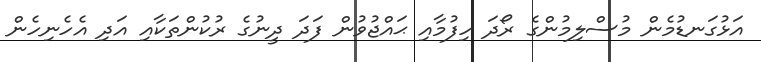
އަޅުގަނޑުމެން މުސްލިމުންގެ ރޯދަ ހިފުމާއި ޙައްޖުވުން ފަދަ ދީނުގެ ރުކުންތަކާއި އަދި އެހެނިހެން